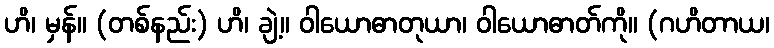
ဟိ၊ မှန်။ (တစ်နည်း) ဟိ၊ ချဲ့။ ဝါယောဓာတုယာ၊ ဝါယောဓာတ်ကို။ (ဂဟိတာယ၊